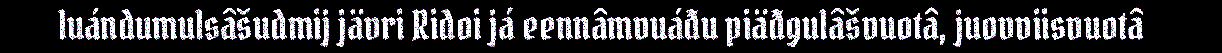
luándumulsâšudmij jävri Ridoi já eennâmvuáđu piäđgulâšvuotâ, juovviisvuotâ